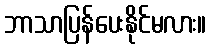
ဘာသာပြန်ပေးနိုင်မလား။